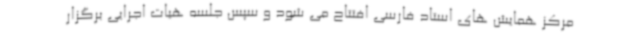
مرکز همایش های استاد فارسی افتتاح می شود و سپس جلسه هیات اجرایی برگزار